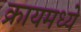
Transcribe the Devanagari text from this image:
क्रायमध्ये